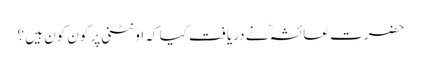
حضرت عائشہؓ نے دریافت کیا کہ اونٹنی پر کون کون ہیں ؟